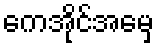
ကေအိုင်အေမှ